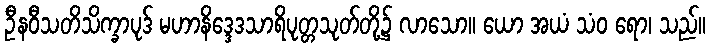
ဦနဝီသတိသိက္ခာပုဒ် မဟာနိဒ္ဒေဒသာရိပုတ္တသုတ်တို့၌ လာသော။ ယော အယံ သံဝ ရော၊ သည်။